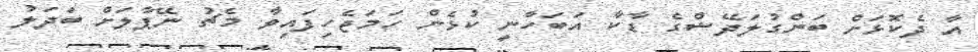
އާ ދެކޮޅަށް ބަންގުލަދޭޝްގެ ޑާކާ އަބަހާނީ ކުޅެން ހަމަޖެހިފައިވާ މެޗު ނޭޕާލަށް ބަދަލު